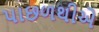
પાછળથીએ